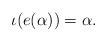
LaTeX: \begin{align*}\iota(e(\alpha)) = \alpha. \end{align*}